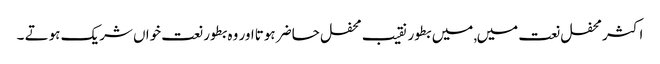
اکثر محفل نعت میں, میں بطور نقیب محفل حاضر ہوتااور وہ بطور نعت خواں شریک ہوتے ۔